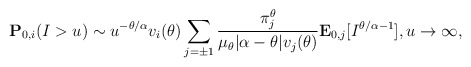
\begin{align*}\mathbf{P}_{0,i}(I>u)\sim u^{-\theta/\alpha} v_i(\theta)\sum_{j=\pm1} \frac{\pi_j^\theta}{\mu_{\theta}|\alpha-\theta|v_j(\theta)}\mathbf{E}_{0,j} [I^{\theta/\alpha-1} ], u\to\infty,\end{align*}